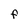
Character: F